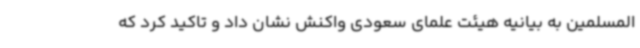
المسلمین به بیانیه هیئت علمای سعودی واکنش نشان داد و تاکید کرد که